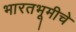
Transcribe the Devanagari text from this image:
भारतभूमीचे